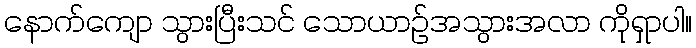
နောက်ကျော သွားပြီးသင် သောယာဉ်အသွားအလာ ကိုရှာပါ။